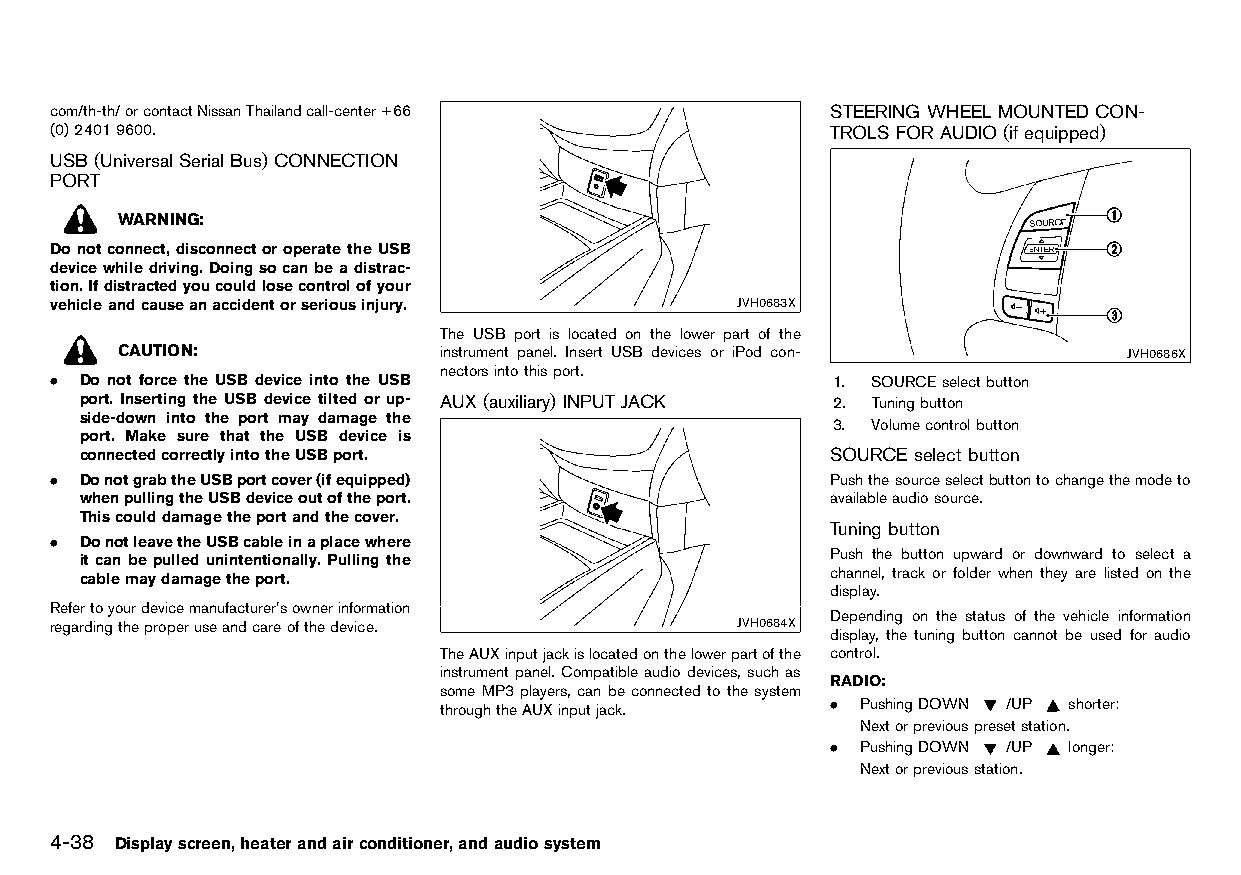
(170,1)
 com/th-th/orcontactNissanThailandcall-center+66     STEERING WHEEL MOUNTEDCON-
 (0)24019600.                                        TROLS FORAUDIO (ifequipped)
 HT32A1-BA1CA5B5-A243-447B-BE94-B6DFB5A72756
 USB (UniversalSerial Bus) CONNECTION
 PORT
 HT32A1-C5F6F8C0-9821-4509-A273-849D6FE8CA5D
 WARNING:
 Donotconnect,disconnectoroperatetheUSB
 devicewhiledriving.Doingsocanbeadistrac-
 tion.Ifdistractedyoucouldlosecontrolofyour
 vehicleandcauseanaccidentorseriousinjury.     JVH0683X
 The USB port is located on the lower part of the
 CAUTION:             instrument panel. Insert USB devices or iPod con- JVH0686X
 nectorsintothisport.
 . Do not force the USB device into the USB          1. SOURCEselectbutton
 port. Inserting the USB device tilted or up- AUX(auxiliary) INPUTJACK 2. Tuningbutton
 side-down into the port may damage the HT32A1-63582851-7DC1-486B-B8D6-F7B51394D14F
 3. Volumecontrolbutton
 port. Make sure that the USB device is
 connectedcorrectlyintotheUSBport.                 SOURCE selectbutton
 HT32A1-382DF8D1-6552-4B93-82AD-B1F39B267B0F
 . DonotgrabtheUSBportcover(ifequipped)              Pushthesourceselectbuttontochangethemodeto
 whenpullingtheUSBdeviceoutoftheport.              availableaudiosource.
 Thiscoulddamagetheportandthecover.
 Tuningbutton
 . DonotleavetheUSBcableinaplacewhere                       HT32A1-04407451-663E-4B7F-8B91-822A54E43690
 Push the button upward or downward to select a
 itcanbepulledunintentionally. Pullingthe
 channel, track or folder when they are listed on the
 cablemaydamagetheport.
 display.
 Refertoyourdevicemanufacturer’sownerinformation
 Depending on the status of the vehicle information
 regardingtheproperuseandcareofthedevice.      JVH0684X
 display, the tuning button cannot be used for audio
 TheAUXinputjackislocatedonthelowerpartofthe control.
 instrument panel. Compatible audiodevices, such as
 RADIO:
 some MP3 players, can be connected to the system HT32A1-22018305-9BAB-4201-B6FC-C08EB94AEAE0
 throughtheAUXinputjack.   . PushingDOWN /UP shorter:
 Nextorpreviouspresetstation.
 . PushingDOWN /UP longer:
 Nextorpreviousstation.
 4-38 Displayscreen,heaterandairconditioner,andaudiosystem
 Condition:                        [Edit:2015/8/24 Model: HT32-A]